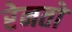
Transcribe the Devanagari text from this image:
रेनतो